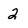
Character: 2